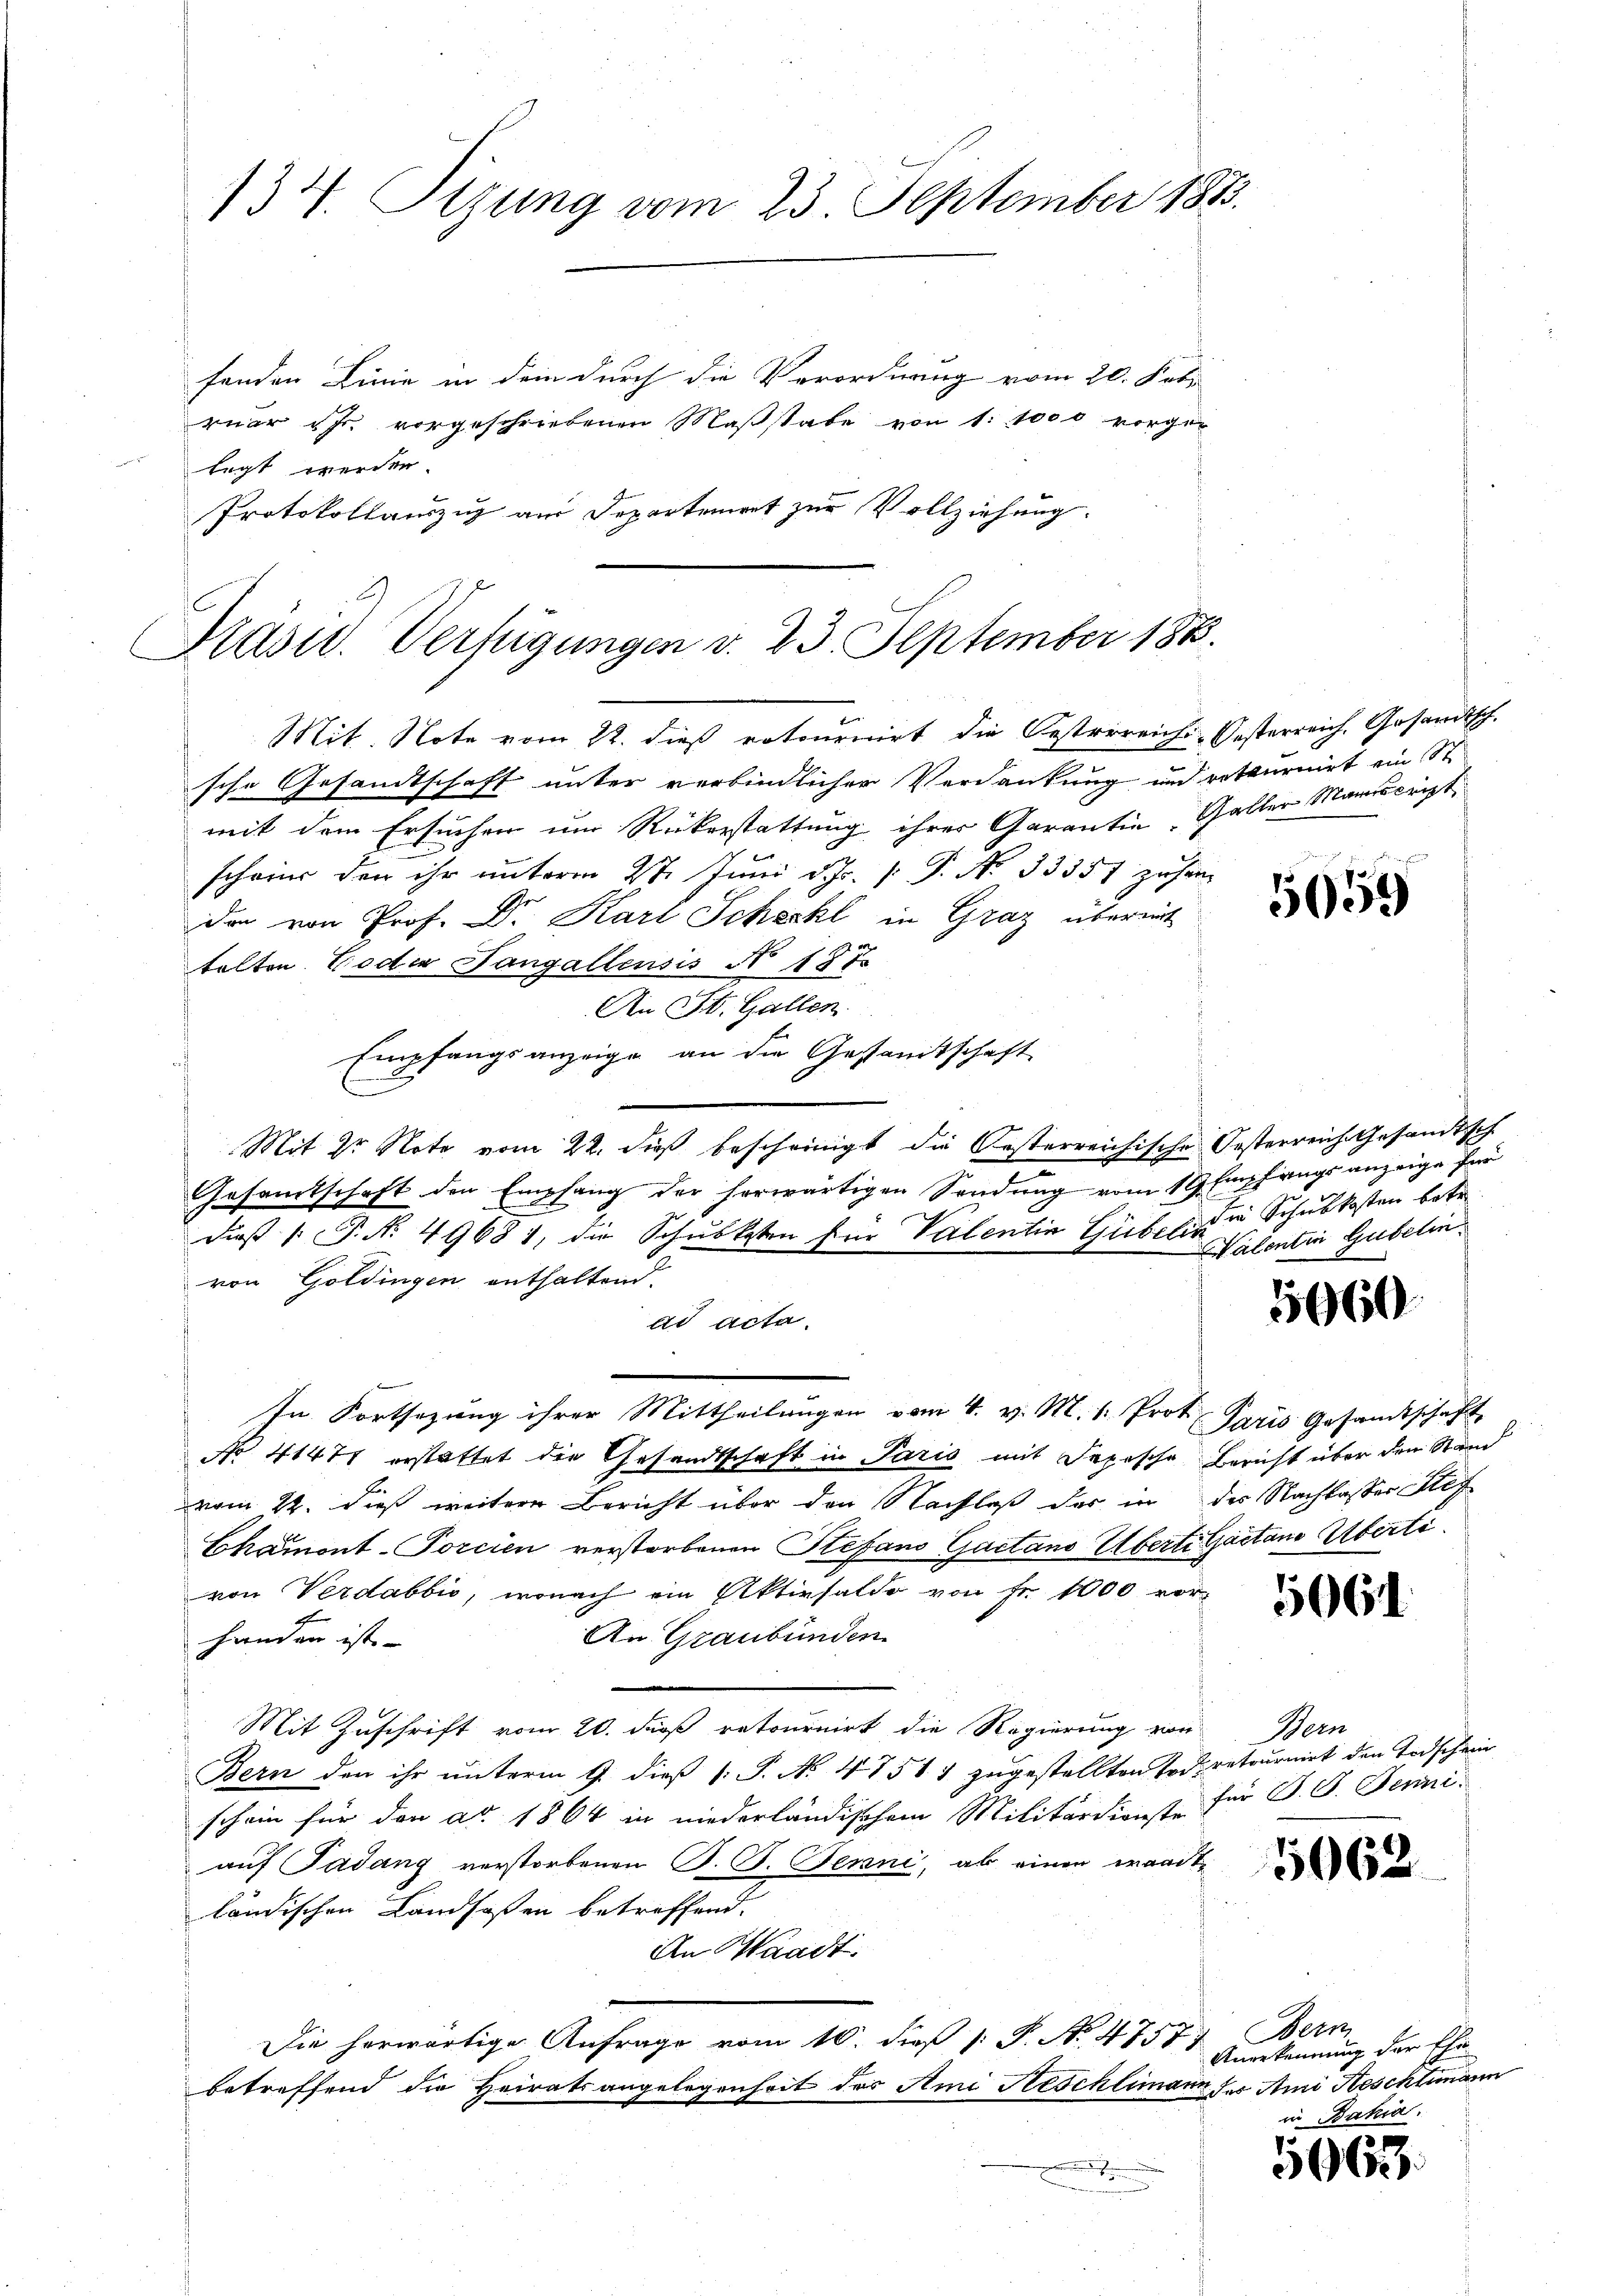
134. Tizung vom 23. September 1883.

fenden Linie in dem durch die Verordnung vom 20. Febr
ruar ihr vorgeschriebenen Maβstabe von 1. 1000 vorger
legt werden.
Protokollanzig am Separteniret zur Vollziehung.

Präsid. Verfügungen v. 23. September 188.
Mit. Note vom 22. dieß retournirt die Oesterreich-Oesterreich, Gesandtsch.

sche Gesandtschaft unter verbindlicher Verdankung und retournirt ein St.
mit dem Ersuchen um Rükerstattung ihrer Garantin Gallen Manuscript
scheine der ihr unterm 27. Juni d. Js. [ P. No. 33357 zuhar
dar von Prof. Dr. Karl Schechl in Graz übermit
talten Foder Tangallensis No 187
An St. Gallen.
Empfangsanzeige an die Gesamtschaft
Mit Dr Note vom 22. dieß bescheinigt die Oesterreichische Oesterreich Gesandtsch
Gesamtschaft den Empfang der herwärtigen Sendung vom 19. Empfangs anzeige für
dieß P. Nr. 4968 1, die Schubkosten für Valentin Giebels in Schulkosten betr.
von Goldingen enthaltend.
ad acta.
In Fortsezung ihrer Mittheilungen vom 4. v. M. v. Prot. Paris Gesandtschaft
No 4147 erstattet die Gesandtschaft in Paris mit Jepische Bericht über den Stain
vom 22. dieß weiterer Bericht über den Nachlaß das in der Nachlasser Stef
Chamont-Porcien verstorbenen Stefano Gaetano Überti Gaetano Überti
von Verdabbić, wonach ein Aktivsaldo von Fr. 1000 vor¬
An Graubünden
handen ist
Mit Zuschrift vom 20. dieß retournirt die Regierung von
Bern den ihr unterm 9. dieß P. P. No 4751 1 zugestellten Tod, retournirt den Todschein
schein für den ad 1864 in niederländischem Militärdienste für J. G. Jenni-
auf Padung verstorbenen P. B. Jenni, ab einen wandtländischen Landsaßen betreffend.
An Waadt.
Die herwärtige Anfrage vom 10. dieß 1: P. No. 47577. Bern
betreffend die Heiratsangelegenheit des Ami Neschlimann der Ami Aeschtungsin
.

5059

Valentin Gubelin.

1660

506

Mein

5062

Angekennung der Ehe

5063.